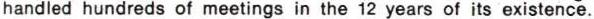
handled hundreds of meetings in the 12 years of its existence.